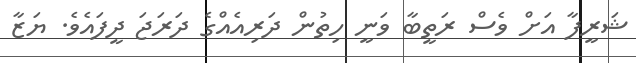
ޝަރީފާ އަށް ވެސް ރަތީބާ ވަނީ ހިތުން ދަރިއެއްގެ ދަރަޖަ ދީފައެވެ. ޔަޒާ